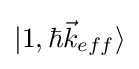
|1,\hbar {\vec {k}}_{eff}\rangle